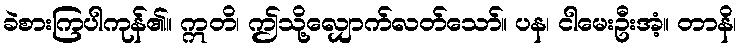
ခဲစားကြပါကုန်၏။ ဣတိ၊ ဤသို့လျှောက်လတ်သော်။ ပန၊ ငါမေးဦးအံ့။ တာနိ၊